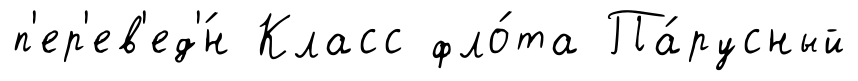
п'ер'ев'ед'́н Класс фло́та Па́русный